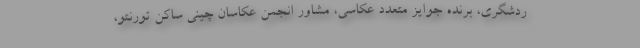
ردشگری، برنده جوایز متعدد عکاسی، مشاور انجمن عکاسان چینی ساکن تورنتو،